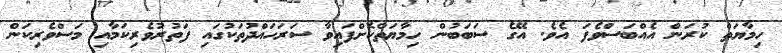
ހިމާޔަތް ކުރަން އެއްބަސްވެފަ އެވެ. އޭގެ ސަބަބުން ހިމާޔަތްކޮށްފައިވާ ސަރަހައްދުތަކުގައި ފަތުރުވެރިކަމާއި މަސްވެރިކަން